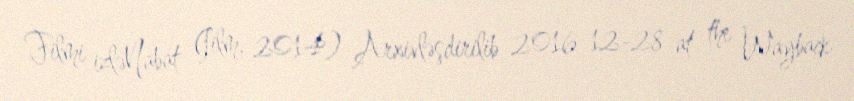
Filmi izləNabat (film, 2014) Arxivləşdirilib 2016-12-28 at the Wayback